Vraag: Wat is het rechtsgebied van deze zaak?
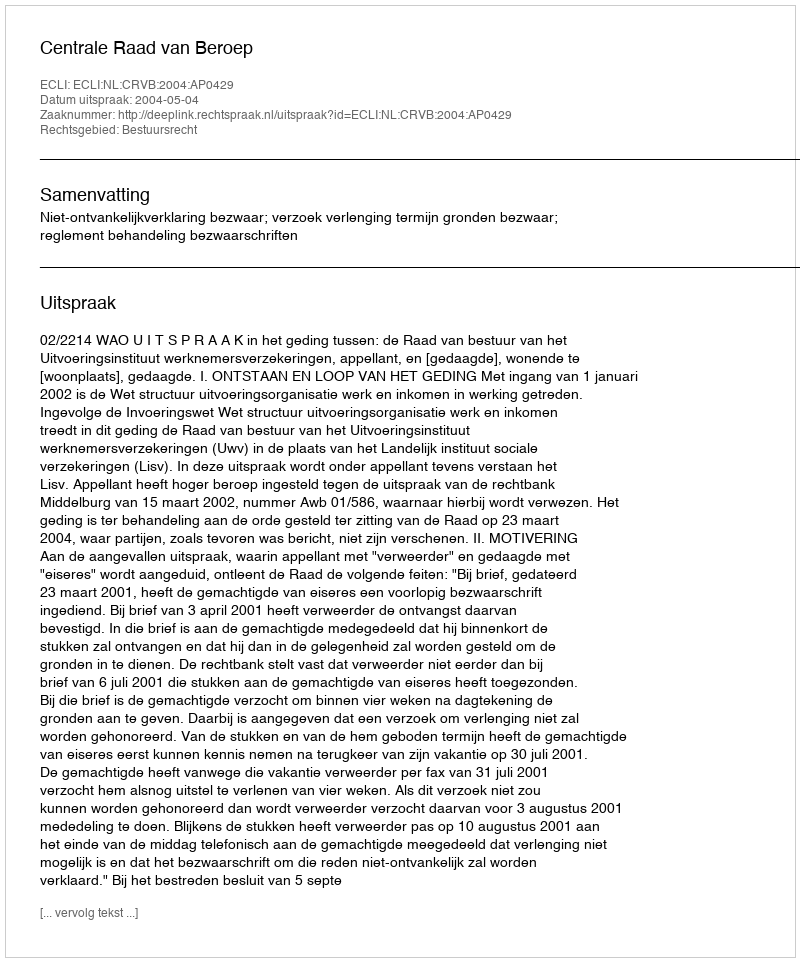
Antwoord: Bestuursrecht